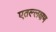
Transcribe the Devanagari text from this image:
एतल्लक्षण